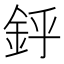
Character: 䤣